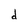
Character: d